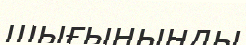
шығыныңды